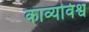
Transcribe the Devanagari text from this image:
काव्यविश्व